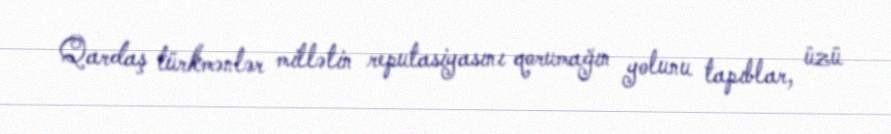
Qardaş türkmənlər millətin reputasiyasını qorumağın yolunu tapıblar, üzü